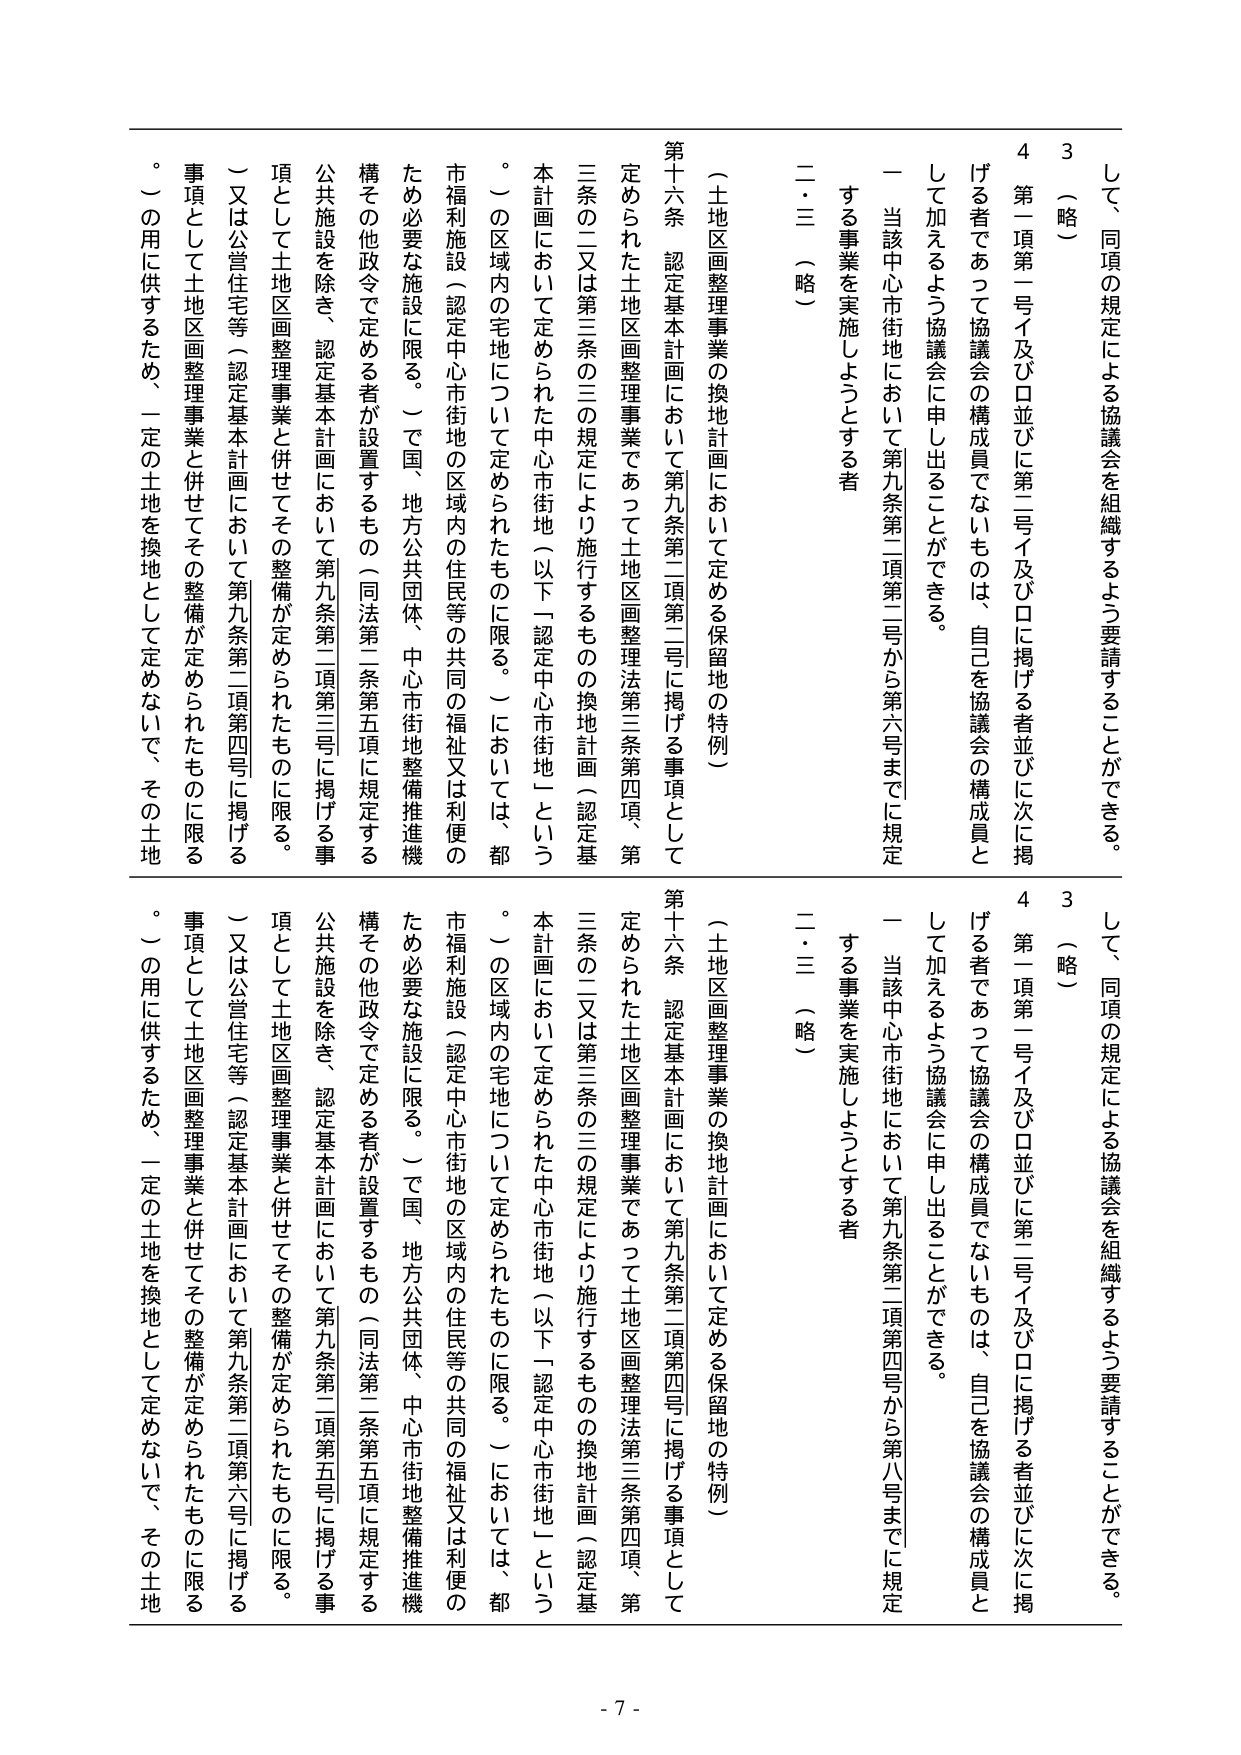
して、同項の規定による協議会を組織するよう要請することができる。
3（略）
4 第一項第一号イ及びロ並びに第二号イ及びロに掲げる者並びに次に掲げる者であって協議会の構成員でないものは、自己を協議会の構成員として加えるよう協議会に申し出ることができる。
一 当該中心市街地において第九条第二項第二号から第六号までに規定する事業を実施しようとする者
二・三（略）
（土地区画整理事業の換地計画において定める保留地の特例）
第十六条 認定基本計画において第九条第二項第二号に掲げる事項として定められた土地区画整理事業であって土地区画整理法第三条第四項、第三条の二又は第三条の三の規定により施行するものの換地計画（認定基本計画において定められた中心市街地（以下「認定中心市街地」という。）の区域内の宅地について定められたものに限る。）においては、都市福利施設（認定中心市街地の区域内の住民等の共同の福祉又は利便のため必要な施設に限る。）で国、地方公共団体、中心市街地整備推進機構その他政令で定める者が設置するもの（同法第二条第五項に規定する公共施設を除き、認定基本計画において第九条第二項第三号に掲げる事項として土地区画整理事業と併せてその整備が定められたものに限る。）又は公営住宅等（認定基本計画において第九条第二項第四号に掲げる事項として土地区画整理事業と併せてその整備が定められたものに限る。）の用に供するため、一定の土地を換地として定めないで、その土地

して、同項の規定による協議会を組織するよう要請することができる。
3（略）
4 第一項第一号イ及びロ並びに第二号イ及びロに掲げる者並びに次に掲げる者であって協議会の構成員でないものは、自己を協議会の構成員として加えるよう協議会に申し出ることができる。
一 当該中心市街地において第九条第二項第四号から第八号までに規定する事業を実施しようとする者
二・三（略）
（土地区画整理事業の換地計画において定める保留地の特例）
第十六条 認定基本計画において第九条第二項第四号に掲げる事項として定められた土地区画整理事業であって土地区画整理法第三条第四項、第三条の二又は第三条の三の規定により施行するものの換地計画（認定基本計画において定められた中心市街地（以下「認定中心市街地」という。）の区域内の宅地について定められたものに限る。）においては、都市福利施設（認定中心市街地の区域内の住民等の共同の福祉又は利便のため必要な施設に限る。）で国、地方公共団体、中心市街地整備推進機構その他政令で定める者が設置するもの（同法第二条第五項に規定する公共施設を除き、認定基本計画において第九条第二項第五号に掲げる事項として土地区画整理事業と併せてその整備が定められたものに限る。）又は公営住宅等（認定基本計画において第九条第二項第六号に掲げる事項として土地区画整理事業と併せてその整備が定められたものに限る。）の用に供するため、一定の土地を換地として定めないで、その土地

- 7 -